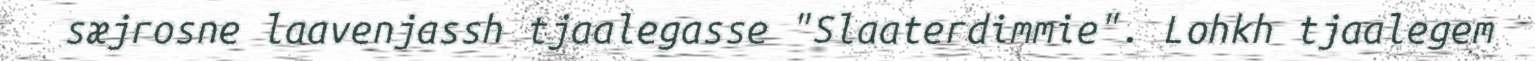
sæjrosne laavenjassh tjaalegasse "Slaaterdimmie". Lohkh tjaalegem